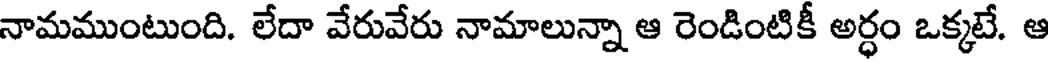
నామముంటుంది. లేదా వేరువేరు నామాలున్నా ఆ రెండింటికీ అర్ధం ఒక్కటే. ఆ